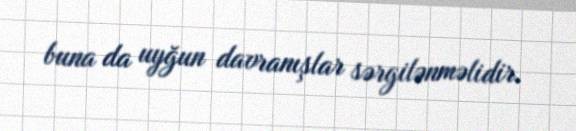
buna da uyğun davranışlar sərgilənməlidir.